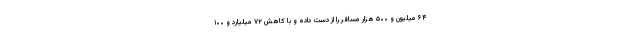
۶۴ میلیون و ۵۰۰ هزار مسافر را از دست داده و با کاهش ۷۲ میلیارد و ۱۰۰